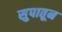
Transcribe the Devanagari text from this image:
सुपातून